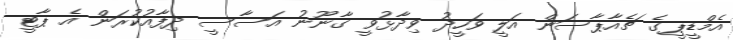
އެމްޑީޕީގެ ޗެއާޕާސަން އަލީ ވަހީދު ވިދާޅުވީ ގާނޫނު އަސާސީ ދިފާއުކުރަން އެ ޕާޓީ